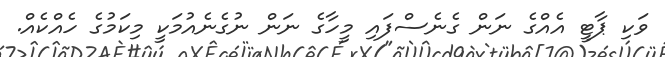
ވަކި ޕާޓީ އެއްގެ ނަން ގެނެސްފައި މީހާގެ ނަން ނުގެނެއުމަކީ މިކަމުގެ ހެއްކެއް.